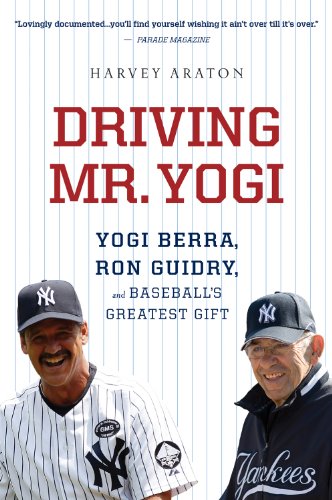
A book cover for Driving Mr. Yogi: Yogi Berra, Ron Guidry, and Baseball's Greatest Gift; Harvey Araton; Biographies & Memoirs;